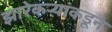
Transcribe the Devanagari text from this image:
झारेकऱ्यांकडून